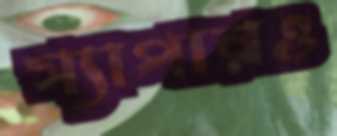
স্যাপারও